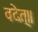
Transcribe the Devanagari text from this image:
वदेत्॥